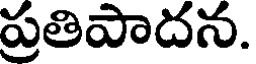
ప్రతిపాదన.